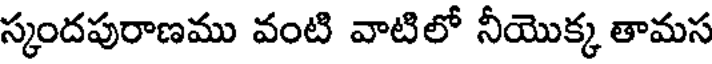
స్కందపురాణము వంటి వాటిలో నీయొక్క తామస